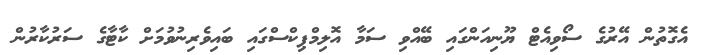
އެގޮތުން އޭރުގެ ސޯވިއެޓް ޔޫނިއަންގައި ބޭއްވި ސަމާ އޮލިމްޕިކްސްގައި ބައިވެރިނުވުމަށް ކާޓާގެ ސަރުކާރުން